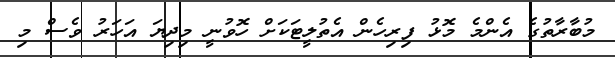
މުބާރާތުގެ އެންމެ މޮޅު ފިރިހެން އެތުލީޓަކަށް ހޮވުނީ މިދިޔަ އަހަރު ވެސް މި